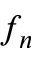
f _ { n }